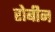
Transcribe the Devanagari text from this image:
रोबीन